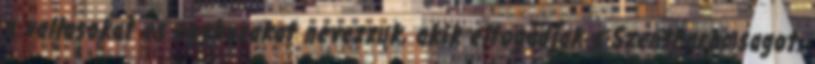
a vallasokat es egyhazakat nevezzuk, akik elfogadjak a Szentharomsagot.